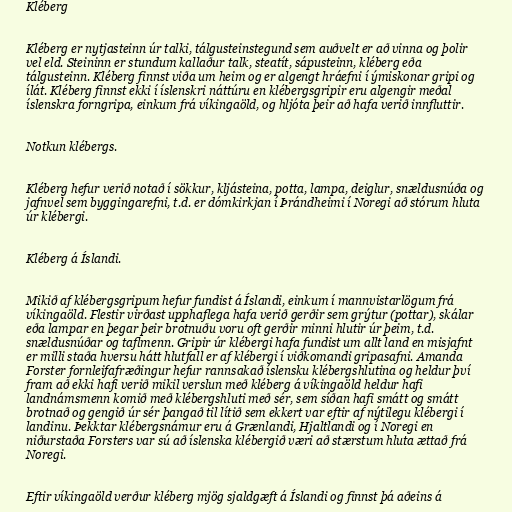
Kléberg

Kléberg er nytjasteinn úr talki, tálgusteinstegund sem auðvelt er að vinna og þolir
vel eld. Steininn er stundum kallaður talk, steatít, sápusteinn, kléberg eða
tálgusteinn. Kléberg finnst viða um heim og er algengt hráefni í ýmiskonar gripi og
ílát. Kléberg finnst ekki í íslenskri náttúru en klébergsgripir eru algengir meðal
íslenskra forngripa, einkum frá víkingaöld, og hljóta þeir að hafa verið innfluttir.

Notkun klébergs.

Kléberg hefur verið notað í sökkur, kljásteina, potta, lampa, deiglur, snældusnúða og
jafnvel sem byggingarefni, t.d. er dómkirkjan í Þrándheimi í Noregi að stórum hluta
úr klébergi.

Kléberg á Íslandi.

Mikið af klébergsgripum hefur fundist á Íslandi, einkum í mannvistarlögum frá
víkingaöld. Flestir virðast upphaflega hafa verið gerðir sem grýtur (pottar), skálar
eða lampar en þegar þeir brotnuðu voru oft gerðir minni hlutir úr þeim, t.d.
snældusnúðar og taflmenn. Gripir úr klébergi hafa fundist um allt land en misjafnt
er milli staða hversu hátt hlutfall er af klébergi í viðkomandi gripasafni. Amanda
Forster fornleifafræðingur hefur rannsakað íslensku klébergshlutina og heldur því
fram að ekki hafi verið mikil verslun með kléberg á víkingaöld heldur hafi
landnámsmenn komið með klébergshluti með sér, sem síðan hafi smátt og smátt
brotnað og gengið úr sér þangað til lítið sem ekkert var eftir af nýtilegu klébergi í
landinu. Þekktar klébergsnámur eru á Grænlandi, Hjaltlandi og í Noregi en
niðurstaða Forsters var sú að íslenska klébergið væri að stærstum hluta ættað frá
Noregi.

Eftir víkingaöld verður kléberg mjög sjaldgæft á Íslandi og finnst þá aðeins á